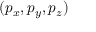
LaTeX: ( p _ { x } , p _ { y } , p _ { z } )